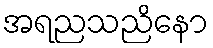
အရညသညိနော